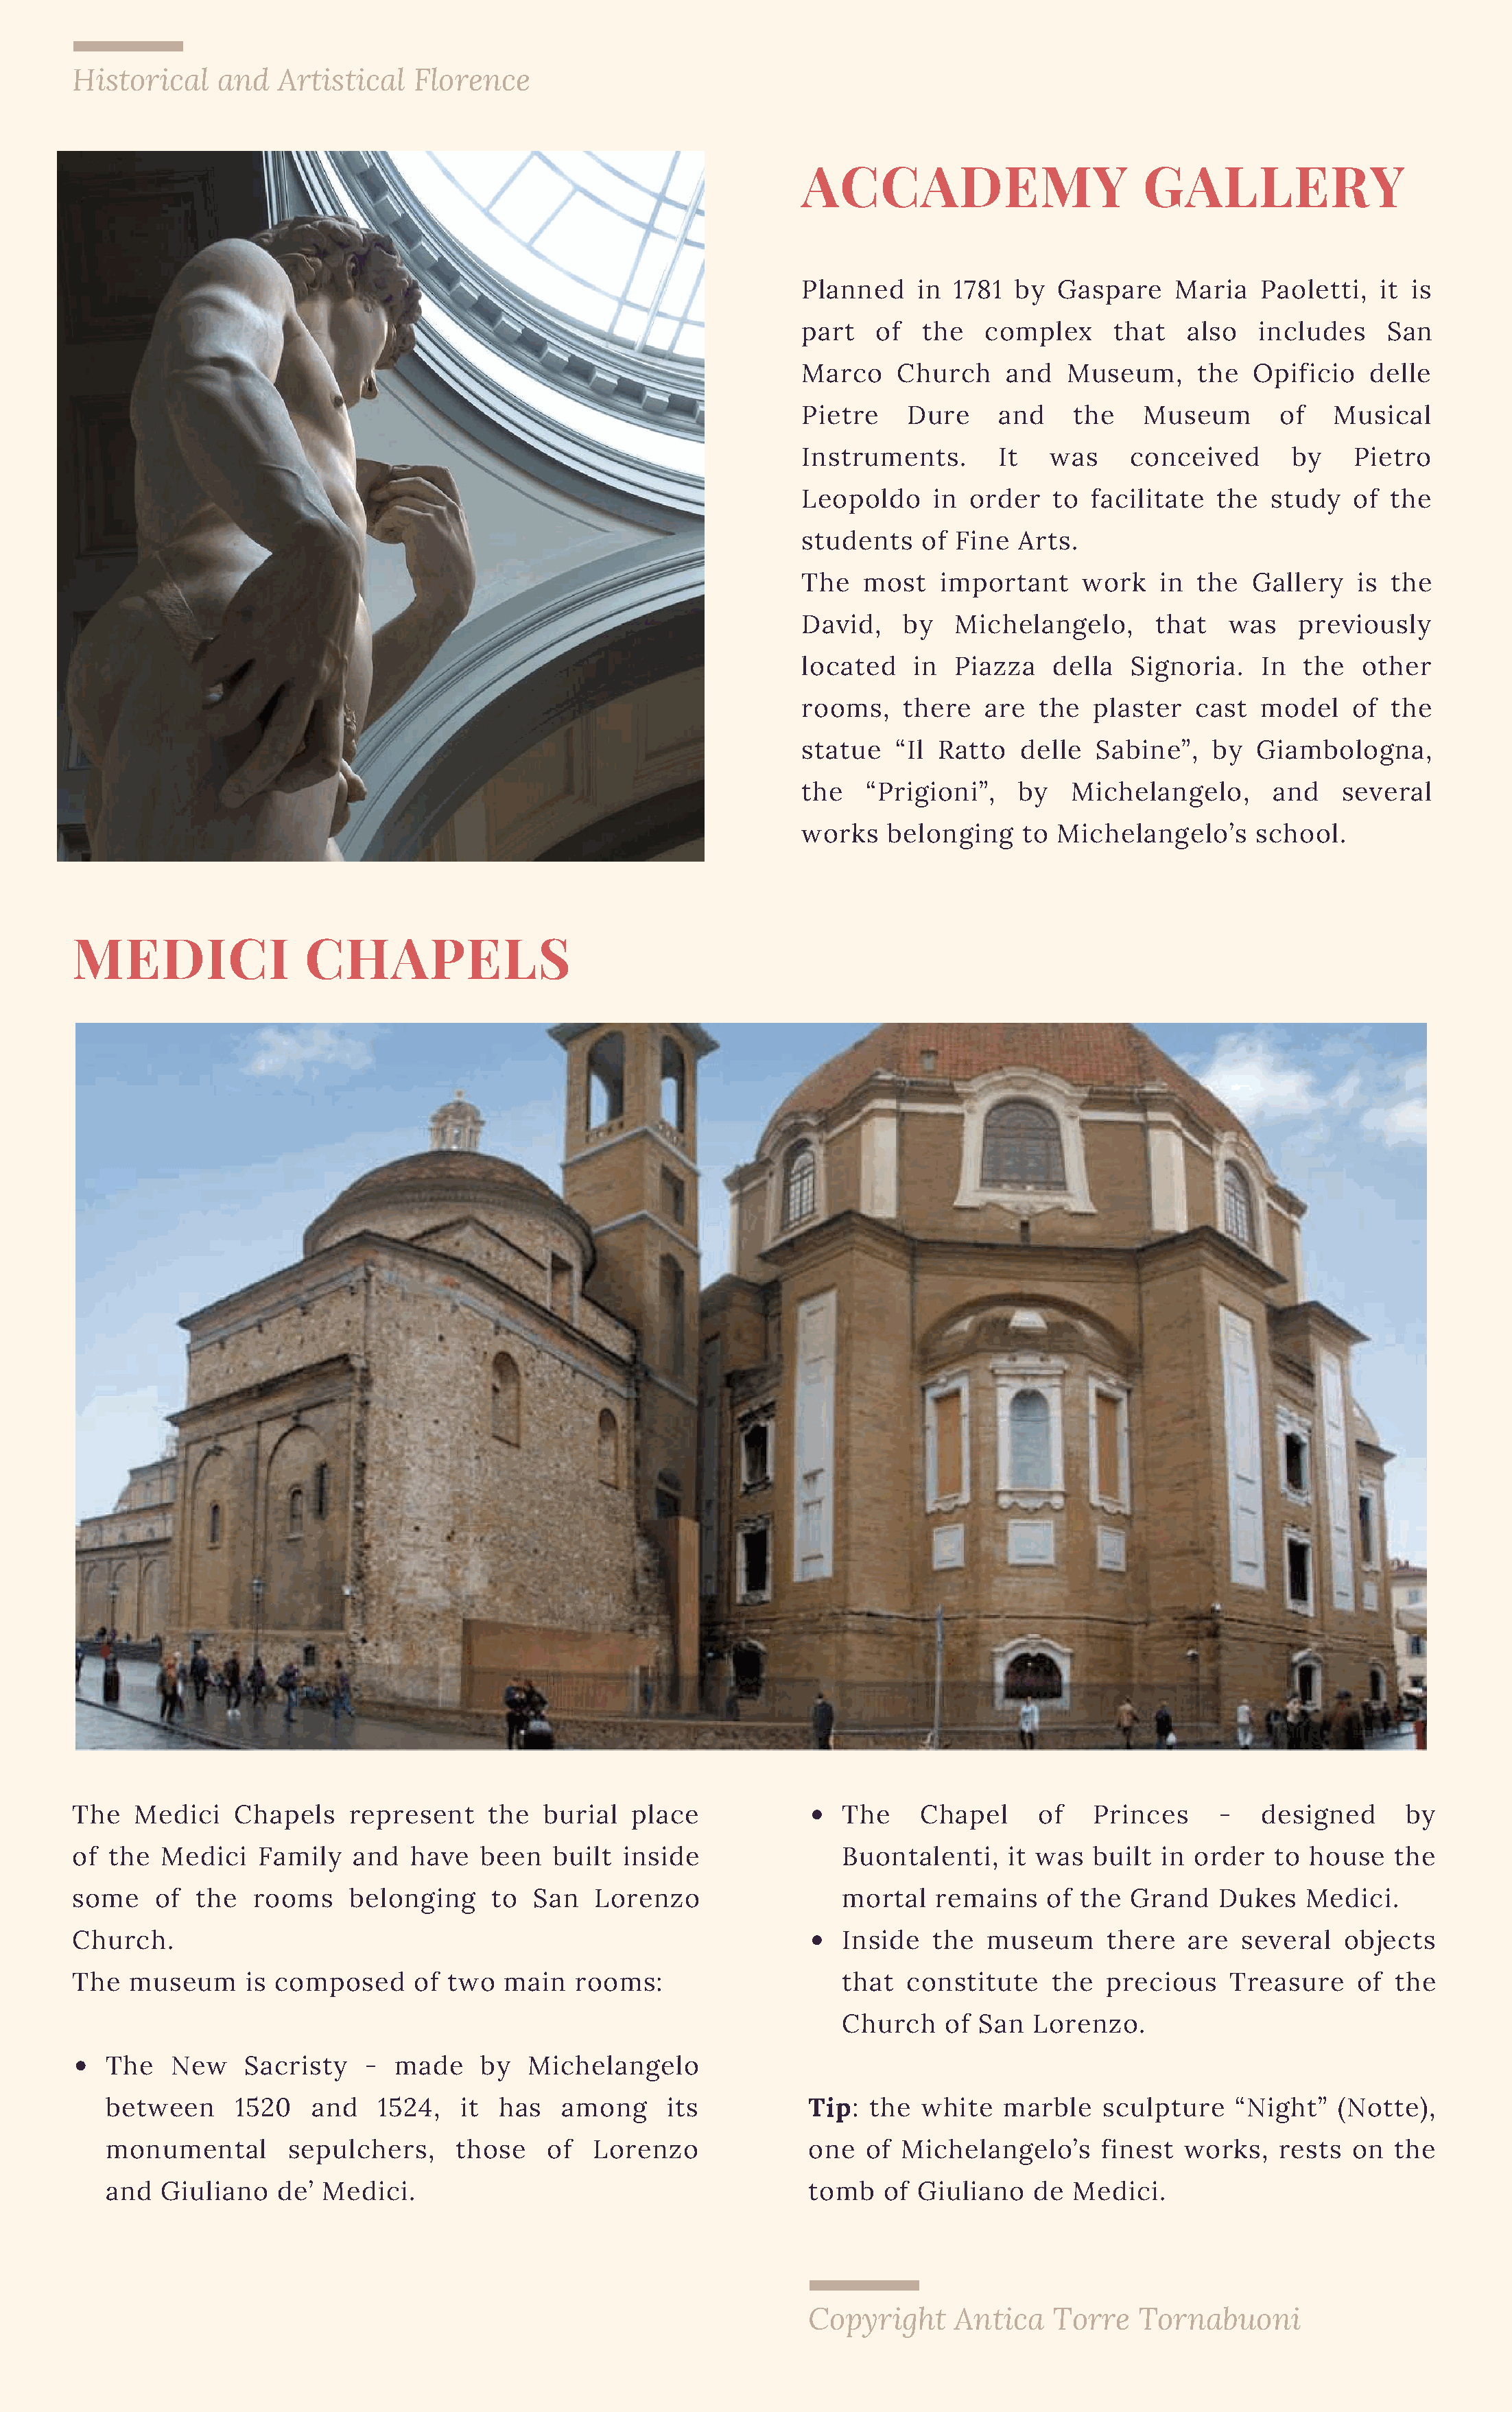
Historical    and   Artistical   Florence
 ACCADEMY                         GALLERY
 Planned    in  1781  by  Gaspare    Maria    Paoletti,  it is
 part   of   the   complex     that   also   includes     San
 Marco     Church    and   Museum,     the   Opificio   delle
 Pietre    Dure     and     the   Museum       of    Musical
 Instruments.       It   was     conceived       by    Pietro
 Leopoldo     in order    to facilitate  the   study   of the
 students    of Fine  Arts.
 The   most    important    work    in the   Gallery   is the
 David,    by   Michelangelo,      that    was   previously
 located    in  Piazza    della  Signoria.    In  the  other
 rooms,    there   are  the  plaster   cast   model   of  the
 statue   “Il Ratto   delle   Sabine”,   by  Giambologna,
 the    “Prigioni”,   by   Michelangelo,       and   several
 works    belonging    to Michelangelo’s     school.
 MEDICI                CHAPELS
 The   Medici    Chapels    represent    the  burial   place               The     Chapel     of   Princes      -   designed      by
 of the   Medici   Family   and   have  been   built  inside               Buontalenti,    it was  built  in order   to house    the
 some    of  the  rooms     belonging    to  San   Lorenzo                 mortal   remains    of the  Grand    Dukes   Medici.
 Church.                                                                   Inside   the  museum      there   are  several   objects
 The  museum      is composed     of two   main  rooms:                    that  constitute    the   precious    Treasure    of  the
 Church    of San   Lorenzo.
 The   New     Sacristy   -  made    by   Michelangelo
 between      1520   and   1524,   it  has   among     its           Tip:  the  white   marble   sculpture    “Night”   (Notte),
 monumental        sepulchers,     those    of  Lorenzo              one  of  Michelangelo’s     finest  works,   rests  on  the
 and   Giuliano   de’ Medici.                                        tomb   of Giuliano    de Medici.
 Copyright     Antica    Torre   Tornabuoni